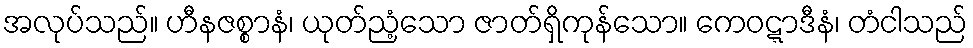
အလုပ်သည်။ ဟီနဇစ္စာနံ၊ ယုတ်ညံ့သော ဇာတ်ရှိကုန်သော။ ကေဝဋ္ဋာဒီနံ၊ တံငါသည်